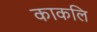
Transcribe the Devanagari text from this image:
काकलि